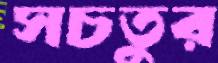
সচতুর